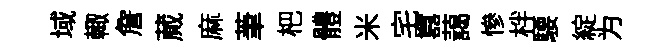
域輙詹蕆麻茟杷體米宅囂藹慘柈騕綻为